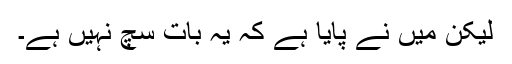
لیکن میں نے پایا ہے کہ یہ بات سچ نہیں ہے۔